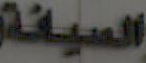
الصيانة